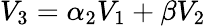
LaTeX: V_{3}=\alpha_{2}V_{1}+\beta V_{2}